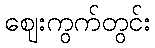
ဈေးကွက်တွင်း